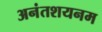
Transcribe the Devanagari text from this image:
अनंतशयनम